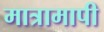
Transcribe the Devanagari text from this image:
मात्रामापी